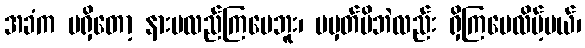
အခံက မရှိတော့ နားမလည်ကြပေဘူး၊ မမှတ်မိဘဲလည်း ရှိကြပေလိမ့်မယ်၊